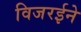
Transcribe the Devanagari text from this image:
विजरईने